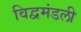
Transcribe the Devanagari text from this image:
विद्वमंडली